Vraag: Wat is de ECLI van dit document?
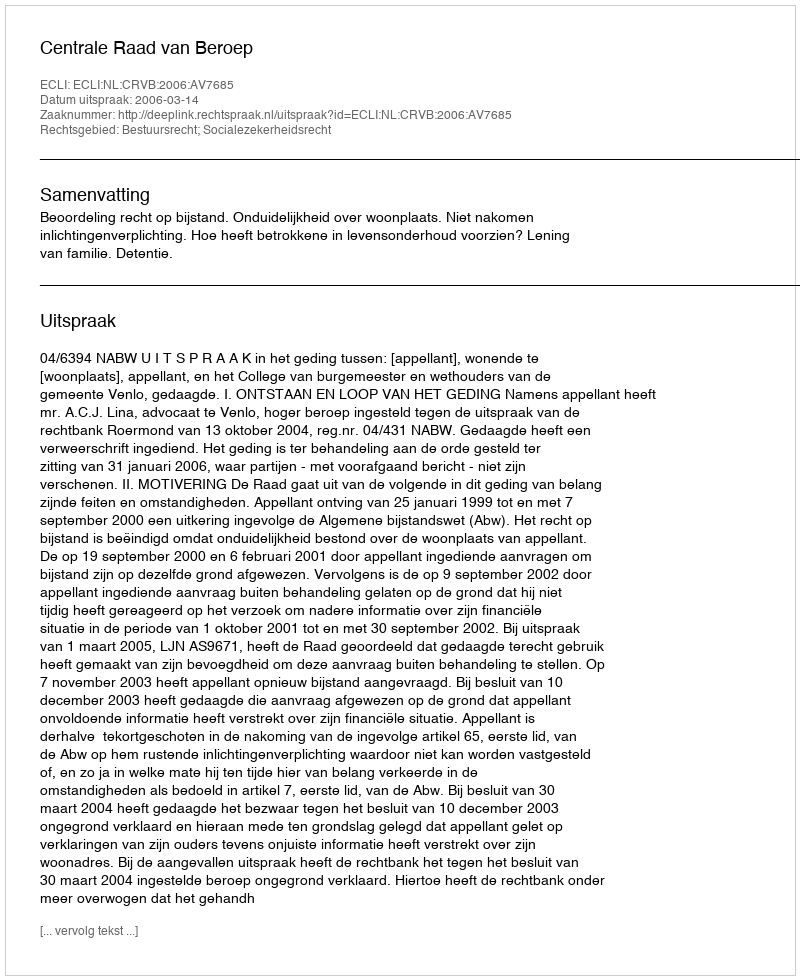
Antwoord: ECLI:NL:CRVB:2006:AV7685